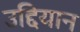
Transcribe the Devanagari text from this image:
उद्दियान